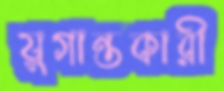
যুগান্তকারী